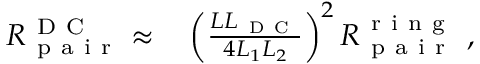
\begin{array} { r l } { R _ { \mathrm { ~ p ~ a ~ i ~ r ~ } } ^ { \mathrm { ~ D ~ C ~ } } \approx } & { { } \left( \frac { L L _ { \mathrm { ~ D ~ C ~ } } } { 4 L _ { 1 } L _ { 2 } } \right) ^ { 2 } R _ { \mathrm { ~ p ~ a ~ i ~ r ~ } } ^ { \mathrm { ~ r ~ i ~ n ~ g ~ } } \ , } \end{array}